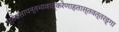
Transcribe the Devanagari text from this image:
प्रोढसापन्तभावात्करेणाहतास्तवत्तरङ्गा